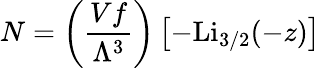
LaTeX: N=\left({\frac{Vf}{\Lambda^{3}}}\right)\left[-{\textrm{Li}}_{3/2}(-z)\right]